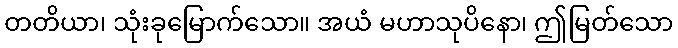
တတိယာ၊ သုံးခုမြောက်သော။ အယံ မဟာသုပိနော၊ ဤမြတ်သော